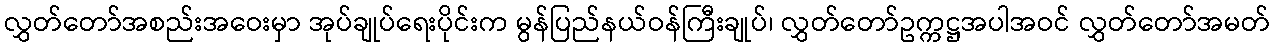
လွှတ်တော်အစည်းအဝေးမှာ အုပ်ချုပ်ရေးပိုင်းက မွန်ပြည်နယ်ဝန်ကြီးချုပ်၊ လွှတ်တော်ဥက္ကဋ္ဌအပါအဝင် လွှတ်တော်အမတ်